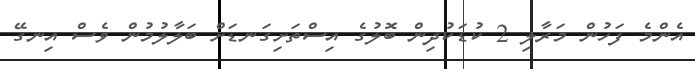
އެންމެ ފަހުން މަރާލި 2 ކުޑަކުދިން ބޮލުގެ އިސްތަށިގަނޑަށް ބަލާލުމުން ވެސް އިނގޭ